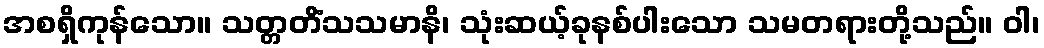
အစရှိကုန်သော။ သတ္တတိံသသမာနိ၊ သုံးဆယ့်ခုနစ်ပါးသော သမတရားတို့သည်။ ဝါ၊